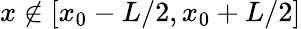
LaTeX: x\notin[x_{0}-L/2,x_{0}+L/2]